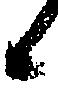
候